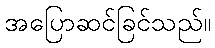
အပြောဆင်ခြင်သည်။